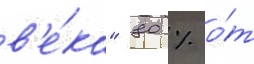
в'е́ка" 80 % о́т